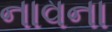
નાવના